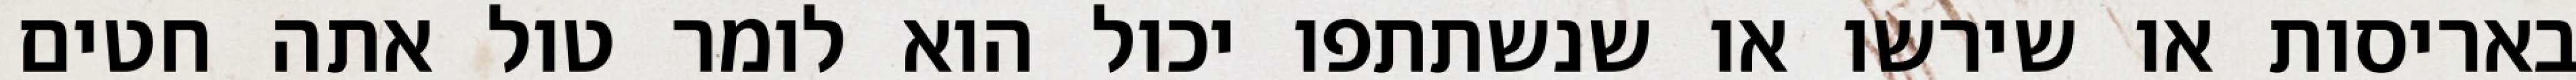
באריסות או שירשו או שנשתתפו יכול הוא לומר טול אתה חטים